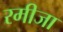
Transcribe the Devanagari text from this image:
रमीजा